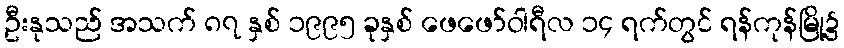
ဦးနုသည် အသက် ၈၇ နှစ် ၁၉၉၅ ခုနှစ် ဖေဖော်ဝါရီလ ၁၄ ရက်တွင် ရန်ကုန်မြို့၌